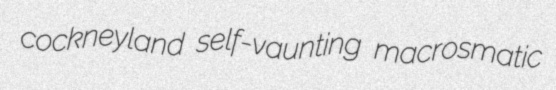
cockneyland self-vaunting macrosmatic